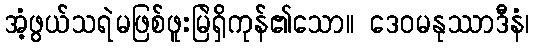
အံ့ဖွယ်သရဲမဖြစ်ဖူးမြဲရှိကုန်၏သော။ ဒေဝမနုဿာဒီနံ၊